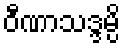
ဝီဏာသဒ္ဒမ္ပိ